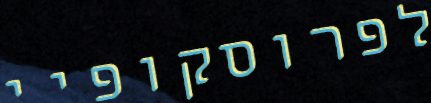
לפרוסקופיי